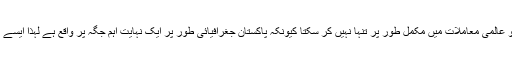
بھارت جانتا ہے کہ وہ پاکستان کو عالمی معاملات میں مکمل طور پر تنہا نہیں کر سکتا کیونکہ پاکستان جغرافیائی طور پر ایک نہایت اہم جگہ پر واقع ہے لہٰذا ایسے ملک کو دنیا ترک نہیں کرے گی۔